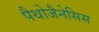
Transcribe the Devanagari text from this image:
पैथोजैनेसिस